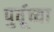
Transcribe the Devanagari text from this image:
पुर्वूच्या